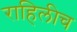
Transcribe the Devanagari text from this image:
राहिलीच